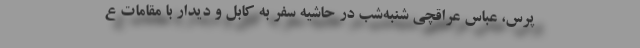
پرس، عباس عراقچی شنبه‌شب در حاشیه سفر به کابل و دیدار با مقامات ع